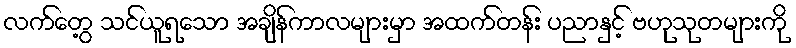
လက်တွေ့ သင်ယူရသော အချိန်ကာလများမှာ အထက်တန်း ပညာနှင့် ဗဟုသုတများကို